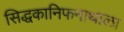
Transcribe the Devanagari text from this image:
सिद्धकानिफनाथाला